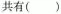
共有()